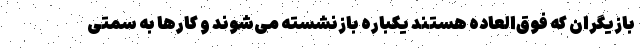
بازیگران که فوق‌العاده هستند یکباره بازنشسته می‌شوند و کارها به سمتی